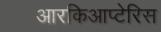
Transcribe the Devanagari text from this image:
आरकिआप्टेरिस